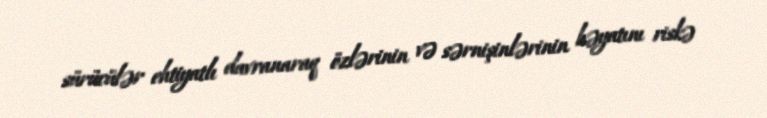
sürücülər ehtiyatlı davranaraq özlərinin və sərnişinlərinin həyatını riskə